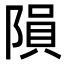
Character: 隕